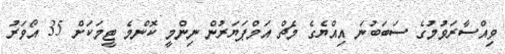
ވިއްސާރަވުމުގެ ސަބަބުނަ އިއްޔެގެ މެޗް އަމްޕަޔަރުން ނިންމީ ކޮންމެ ޓީމަކަށް 35 އޯވަރު